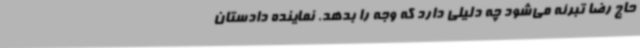
حاج رضا تبرئه می‌شود چه دلیلی دارد که وجه را بدهد. نماینده دادستان